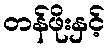
တန်ဖိုးနှင့်